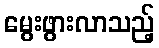
မွေးဖွားလာသည့်